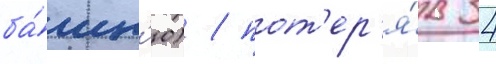
ба́шн'ю) / пот'ер'я́в 34